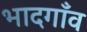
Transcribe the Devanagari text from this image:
भादगाँव